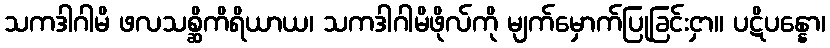
သကဒါဂါမိ ဖလသစ္ဆိကိရိယာယ၊ သကဒါဂါမိဖိုလ်ကို မျက်မှောက်ပြုခြင်းငှာ။ ပဋိပန္နော၊